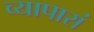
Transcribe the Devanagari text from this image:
व्यापारां